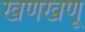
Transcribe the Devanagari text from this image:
खणखणू